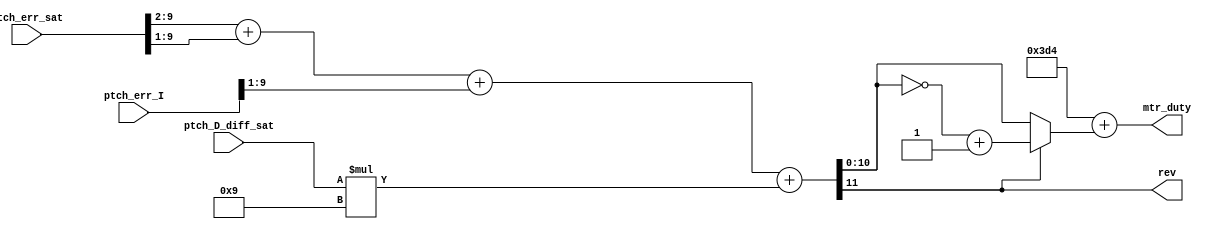
module duty(ptch_D_diff_sat, ptch_err_sat, ptch_err_I, rev, mtr_duty);

/////////////////////////////////////////////////////////////////////////////////

input signed [9:0] ptch_err_sat, ptch_err_I; 
input signed [6:0] ptch_D_diff_sat;

localparam MIN_DUTY = 15'h03D4;

/////////////////////////////////////////////////////////////////////////////////

output rev;
output [11:0] mtr_duty; 

/////////////////////////////////////////////////////////////////////////////////

wire signed [10:0] ptch_D_term; // max of signed 7 bits * 9 ---> -64 * 9 = -576 ---> [9:0] bits for -576 and [10] sign_bit 

wire signed [9:0] ptch_P_term; // 9 bits + 8 bits ---> 9 bits for max num + 1 sign bit

wire signed [8:0] ptch_I_term; // 10 bits num / 2 ---> 9 bits num

wire signed [11:0] ptch_PID; // 1 bit wider than the widest operand

wire signed [10:0] ptch_PID_abs; // no sign_bit ---> 1 bit less than ptch_PID

////////////////////////////////////////////////////////////////////////////////// 

assign ptch_D_term = ptch_D_diff_sat * $signed(9); 

assign ptch_P_term = (ptch_err_sat>>>2) + (ptch_err_sat>>>1); 

assign ptch_I_term = ptch_err_I>>>1; 

assign ptch_PID = ptch_P_term + ptch_I_term + ptch_D_term; 

assign rev = ptch_PID[11]; 

assign ptch_PID_abs = rev ? (~ptch_PID[10:0] + 1) : ptch_PID[10:0]; 

assign mtr_duty = MIN_DUTY + ptch_PID_abs; 

/////////////////////////////////////////////////////////////////////////////////

endmodule